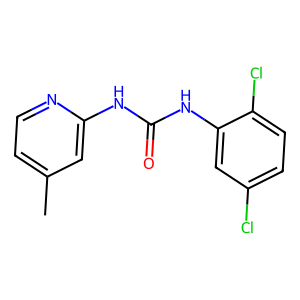
SMILES: Cc1ccnc(NC(=O)Nc2cc(Cl)ccc2Cl)c1
Inhibits HIV replication: No